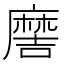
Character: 𫜖